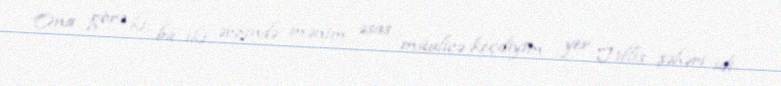
Ona görə ki, bu iki ərzində mənim əsas müalicə keçdiyim yer Tiflis şəhəri idi.